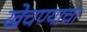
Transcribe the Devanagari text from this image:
खेचण्याचा